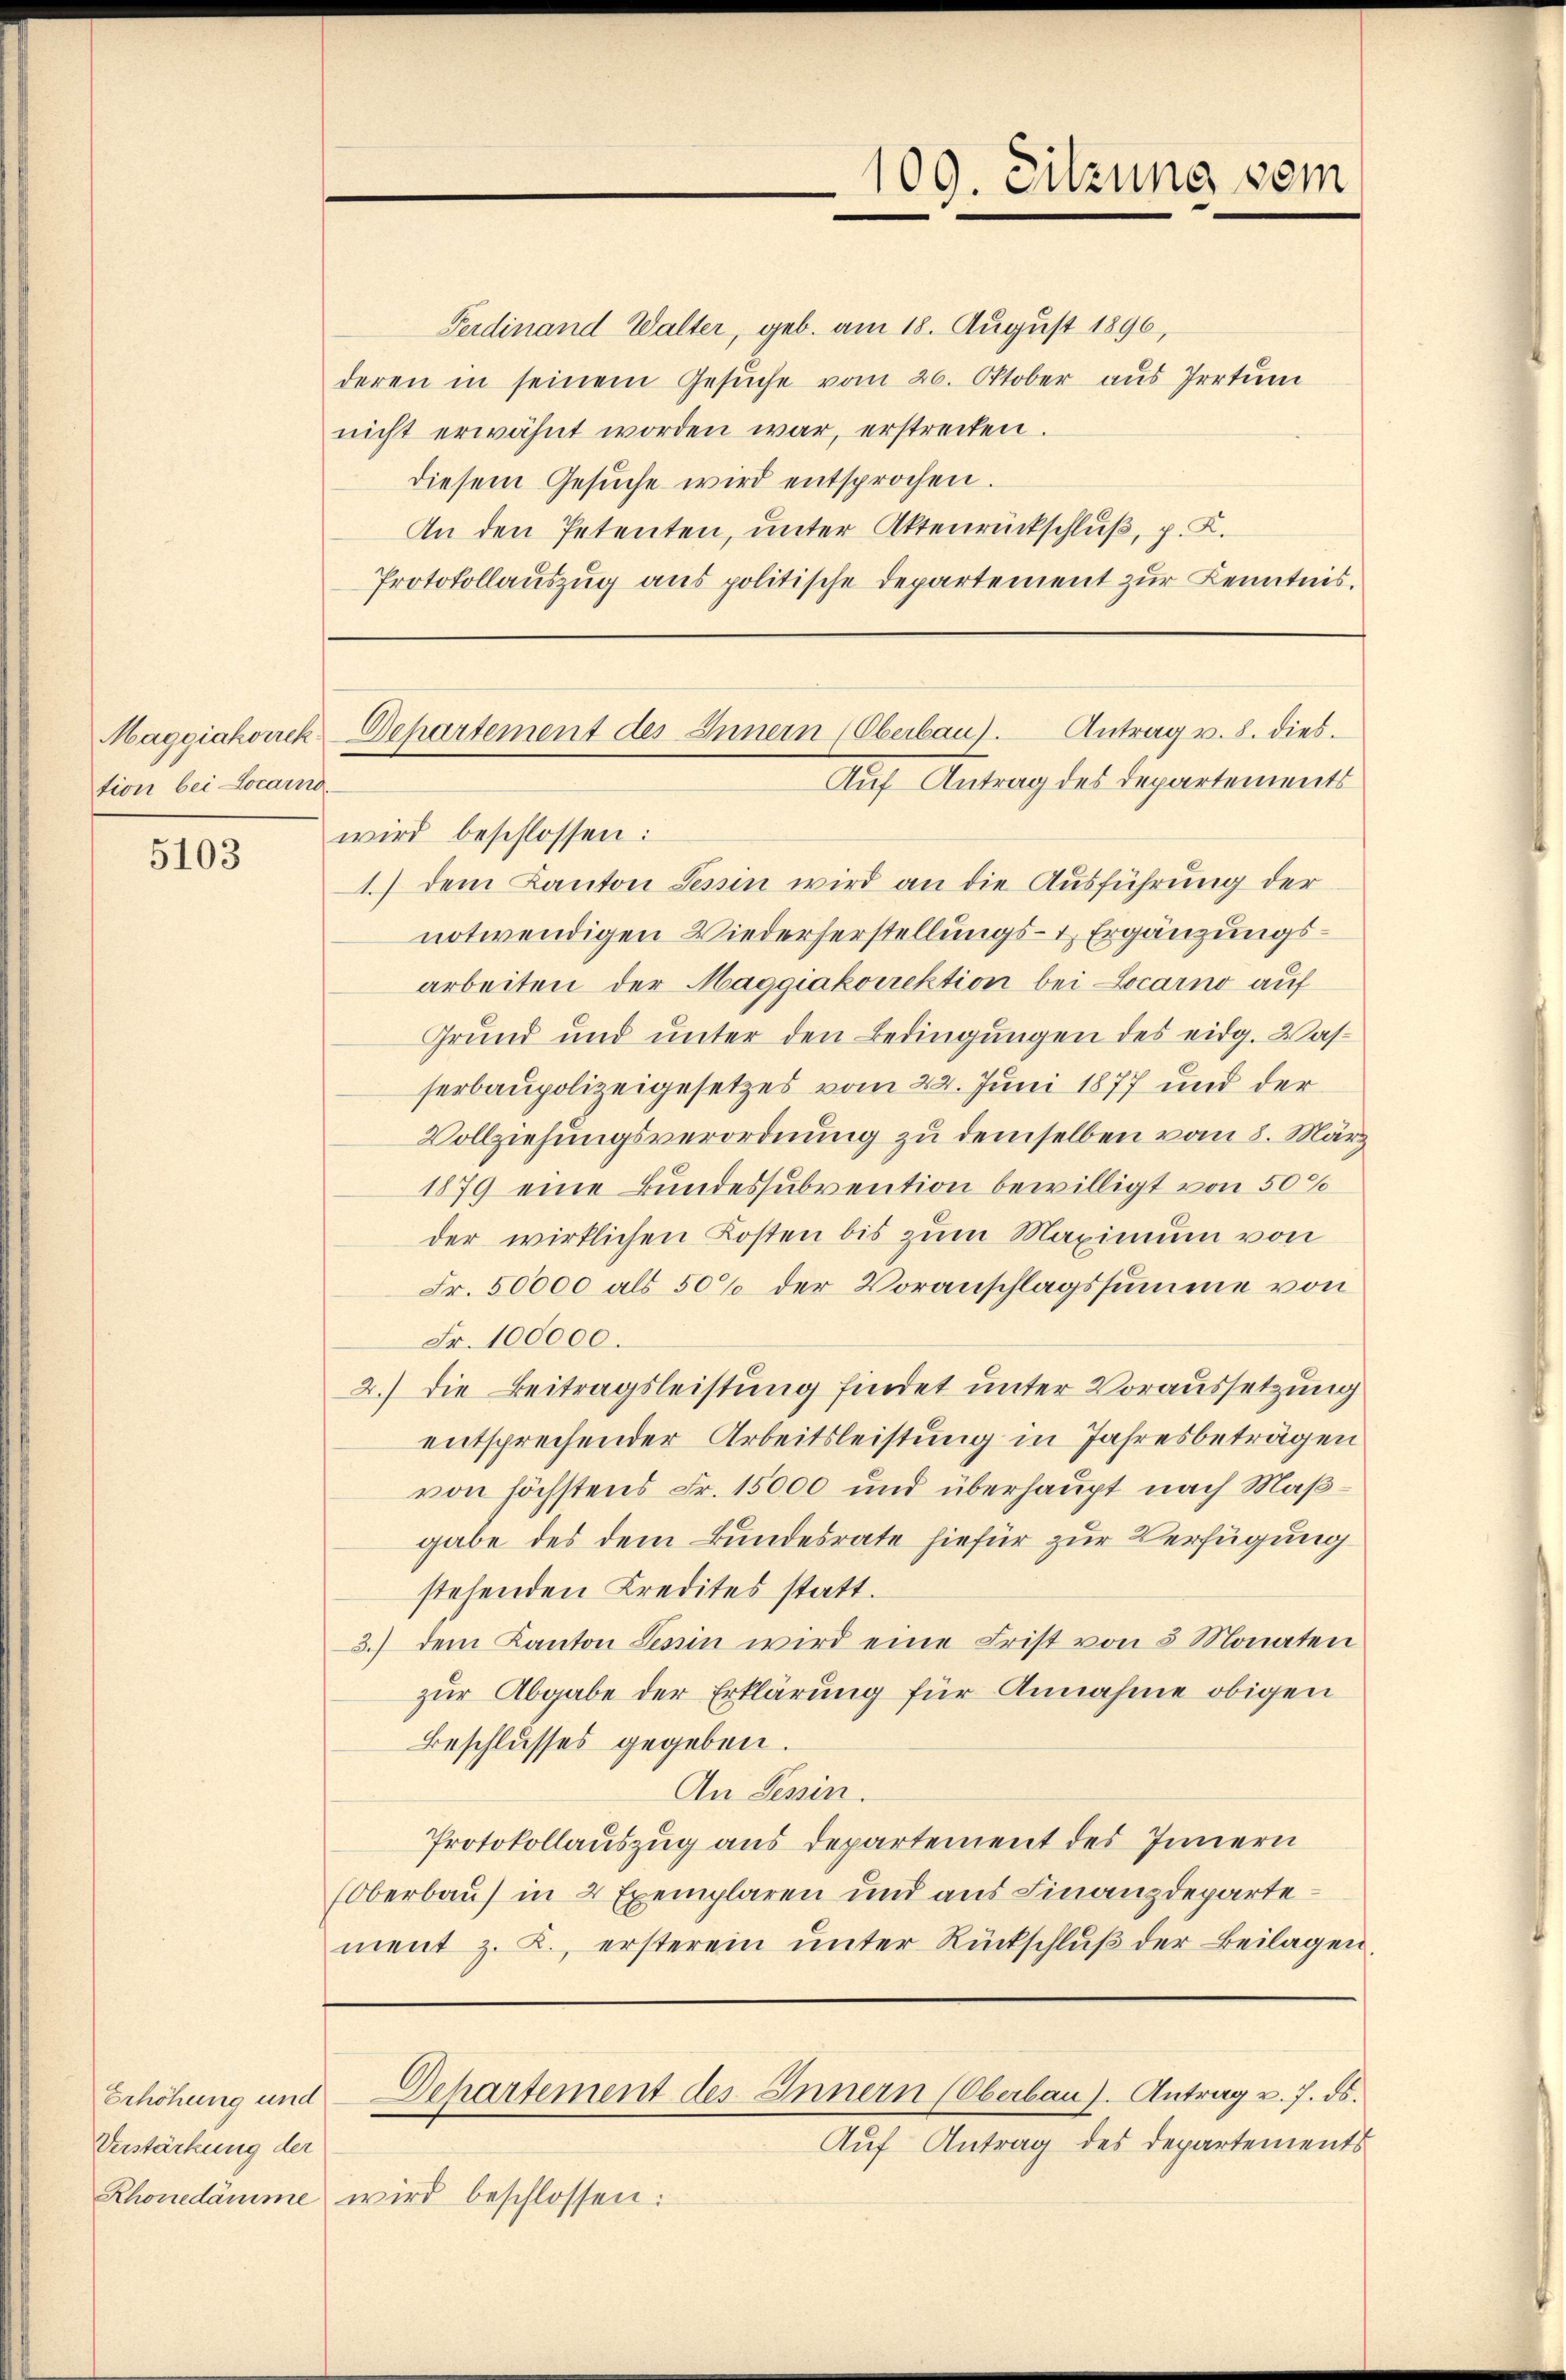
tion bei Locarno

5103

Verstärkung der
Rhonedämme

Ferdinand Walter, geb. am 18. August 1890,
deren in seinem Gesuche vom 26. Oktober aus Irrtum
nicht erwähnt worden war, erstrecken.
diesem Gesŭche wird entsprochen.
An den Petenten, unter Aktenrückschluß, p. K.
Protokollauszug aus politische Departement zur Kenntnis.

109. Sitzung vom

wird beschlossen:
1.) Dem Kanton Tessin wird an die Ausführung der
notwendigen Wiederherstellungs- & Ergänzungsarbeiten der Maggiakorrektion bei Locarno auf
Grund und unter den Bedingungen des eidg. Wasserbaupolizeigesetzes vom 22. Juni 1877 und der
Vollziehungsverordnung zu demselben vom 8. März
1879 eine Bundessubvention bewilligt von 500
der wirklichen Kosten bis zum Maximum von
Fr. 50000 als 50% der Voranschlagssumme von
Fr. 100000.
2.) Die Beitragsleistung findet unter Voraussetzung
entsprechender Arbeitsleistung in Jahresbeträgen
von höchstens Fr. 15000 und überhaupt nach Maßgabe des dem Bundesrate hiefür zur Verfügung
stehenden Kredites statt.
3.) dem Kanton Lenin wird eine Frist von 5 Monaten
zur Abgabe der Erklärung für Annahme obigen
Beschlusses gegeben.
An Tessin.
Protokollauszug aus Departement des Innern
(Oberbau in 2 Exemplaren und aus Finanzdepartement z. B., ersterem unter Rückschluß der Beilagen
Erhöhung und Departement des Innern (Oberbau). Antrag v. 7. ds.
Auf Antrag des Departements
wird beschlossen:

Antrag v. 8. dies
Maggiakonek-Departement des Innern (Oberbau).
Auf Antrag des Departements